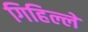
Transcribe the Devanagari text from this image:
गिहिल्ले